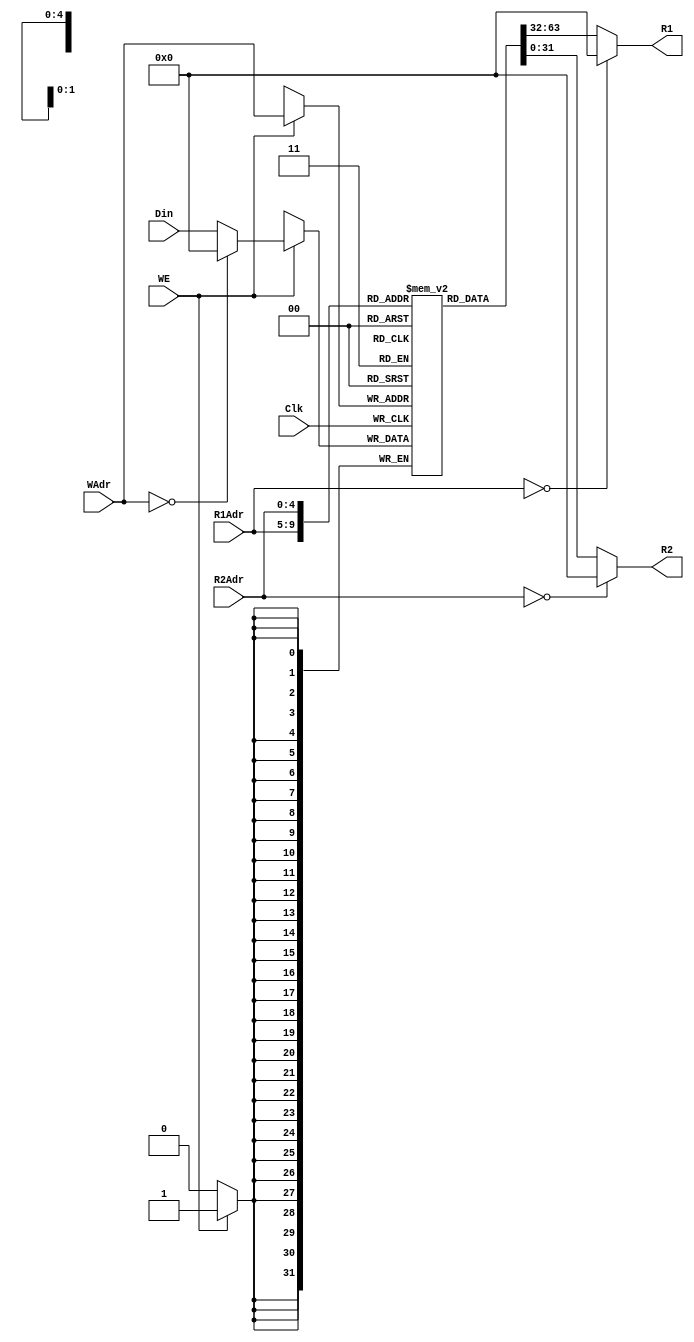
`timescale 1ns/1ps
module RegFile( Clk,
                Din,
                R1Adr,
                R2Adr,
                WAdr,
                WE,
                R1,
                R2);
   input  Clk;
   input[31:0]  Din;
   input[4:0]  R1Adr;
   input[4:0]  R2Adr;
   input[4:0]  WAdr;
   input  WE;
   output reg[31:0] R1;
   output reg[31:0] R2;
   reg [31:0] Reg [31:0] ;
   initial begin
        Reg[0] <= 32'b0;Reg[1] <= 32'b0;Reg[2] <= 32'b0;Reg[3] <=32'b0;Reg[4] <= 32'b0;Reg[5] <= 32'b0;Reg[6] <= 32'b0;Reg[7]<=32'b0;
        Reg[8] <= 32'b0;Reg[9] <= 32'b0;Reg[10] <= 32'b0;Reg[11] <= 32'b0;Reg[12] <= 32'b0;Reg[13] <= 32'b0;Reg[14] <= 32'b0;Reg[15] <= 32'b0;
        Reg[16] <= 32'b0;Reg[17] <= 32'b0;Reg[18] <= 32'b0;Reg[19] <= 32'b0;Reg[20] <= 32'b0;Reg[21] <= 32'b0;Reg[22] <= 32'b0;Reg[23] <= 32'b0;
        Reg[24] <= 32'b0;Reg[25] <= 32'b0;Reg[26] <= 32'b0;Reg[27] <= 32'b0;Reg[28] <= 32'b0;Reg[29] <= 32'b0;Reg[30] <= 32'b0;Reg[31] <= 32'b0;        
   end
always @(*) begin
       R1 <= R1Adr==00? 32'b0:Reg[R1Adr];
       R2 <= R2Adr==00? 32'b0:Reg[R2Adr];
end
always @(negedge Clk) begin
   if(WE)
           Reg[WAdr] <= WAdr==0? 32'b0:Din;
end
endmodule